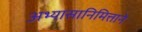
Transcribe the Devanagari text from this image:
अभ्यासानिमित्ताने